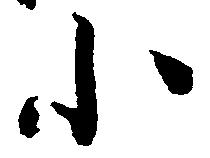
小